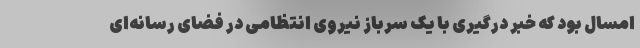
امسال بود که خبر درگیری با یک سرباز نیروی انتظامی در فضای رسانه‌ای